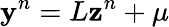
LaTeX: \mathbf{y}^{n}=L\mathbf{z}^{n}+\mu